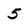
Character: 5